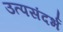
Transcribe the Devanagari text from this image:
उत्पसंदर्भ